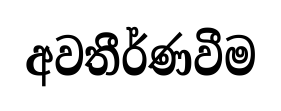
අවතීර්ණවීම